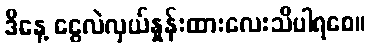
ဒီနေ့ ငွေလဲလှယ်နှုန်းထားလေးသိပါရစေ။